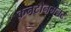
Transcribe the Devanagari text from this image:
कनटोनमनट